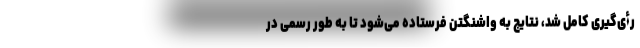
رأی‌گیری کامل شد، نتایج به واشنگتن فرستاده می‌شود تا به طور رسمی در